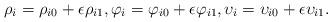
LaTeX: \begin{align*} \rho_i = \rho_{i0}+\epsilon\rho_{i1}, \varphi_i=\varphi_{i0}+\epsilon\varphi_{i1}, \upsilon_i = \upsilon_{i0}+\epsilon\upsilon_{i1}.\end{align*}